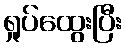
ရှုပ်ထွေးပြီး